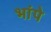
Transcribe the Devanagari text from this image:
भांपे